Vaccine operations Central Provinces 1868-1885 - 1868-1885
Year: 1868
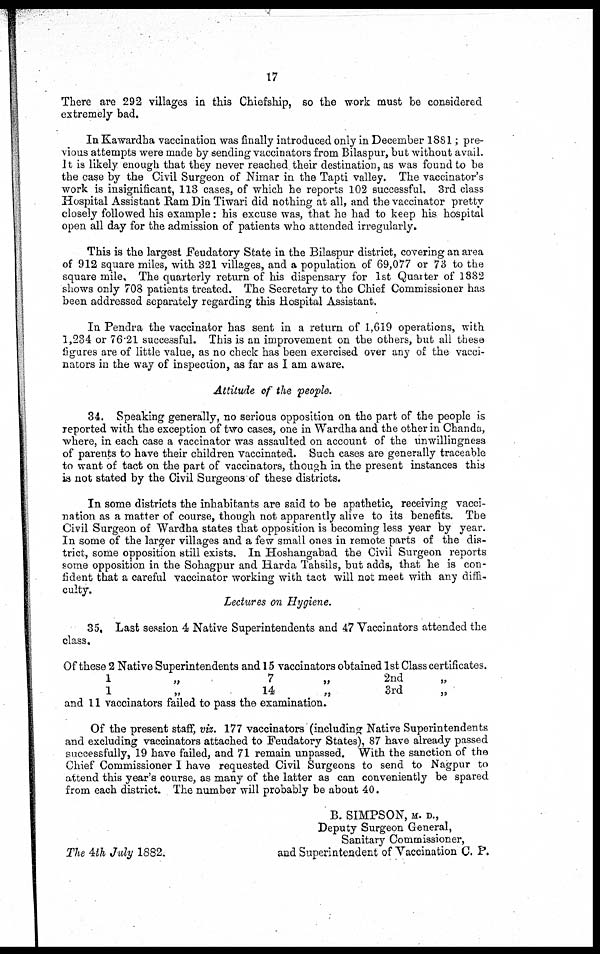
17
There are 292 villages in this Chiefship, so the work must be considered
extremely bad.
In Kawardha vaccination was finally introduced only in December 1881; pre-
vious attempts were made by sending vaccinators from Bilaspur, but without avail.
It is likely enough that they never reached their destination, as was found to be
the case by the Civil Surgeon of Nimar in the Tapti valley. The vaccinator's
work is insignificant, 113 cases, of which he reports 102 successful. 3rd class
Hospital Assistant Ram Din Tiwari did nothing at all, and the vaccinator pretty
closely followed his example: his excuse was, that he had to keep his hospital
open all day for the admission of patients who attended irregularly.
This is the largest Feudatory State in the Bilaspur district, covering an area
of 912 square miles, with 321 villages, and a population of 69,077 or 73 to the
square mile. The quarterly return of his dispensary for 1st Quarter of 1882
shows only 708 patients treated. The Secretary to the Chief Commissioner has
been addressed separately regarding this Hospital Assistant.
In Pendra the vaccinator has sent in a return of 1,619 operations, with
1,234 or 76.21 successful. This is an improvement on the others, but all these
figures are of little value, as no check has been exercised over any of the vacci-
nators in the way of inspection, as far as I am aware.
Attitude of the people.
34. Speaking generally, no serious opposition on the part of the people is
reported with the exception of two cases, one in Wardha and the other in Chanda,
where, in each case a vaccinator was assaulted on account of the unwillingness
of parents to have their children vaccinated. Such cases are generally traceable
to want of tact on the part of vaccinators, though in the present instances this
is not stated by the Civil Surgeons of these districts.
In some districts the inhabitants are said to be apathetic, receiving vacci-
nation as a matter of course, though not apparently alive to its benefits. The
Civil Surgeon of Wardha states that opposition is becoming less year by year.
In some of the larger villages and a few small ones in remote parts of the dis-
trict, some opposition still exists. In Hoshangabad the Civil Surgeon reports
some opposition in the Sohagpur and Harda Tahsils, but adds, that he is con-
fident that a careful vaccinator working with tact will not meet with any diffi-
culty.
Lectures on Hygiene.
35. Last session 4 Native Superintendents and 47 Vaccinators attended the
class.
Of these 2 Native Superintendents and 15 vaccinators obtained 1st Class certificates.
1
„
7
2nd
„
1
„
14
3rd „
and 11 vaccinators failed to pass the examination.
Of the present staff, viz. 177 vaccinators (including Native Superintendents
and excluding vaccinators attached to Feudatory States), 87 have already passed
successfully, 19 have failed, and 71 remain unpassed. With the sanction of the
Chief Commissioner I have requested Civil Surgeons to send to Nagpur to
attend this year's course, as many of the latter as can conveniently be spared
from each district. The number will probably be about 40.
B. SIMPSON, M. D.,
Deputy Surgeon General,
Sanitary Commissioner,
and Superintendent of Vaccination C. P.
The 4th July 1882.